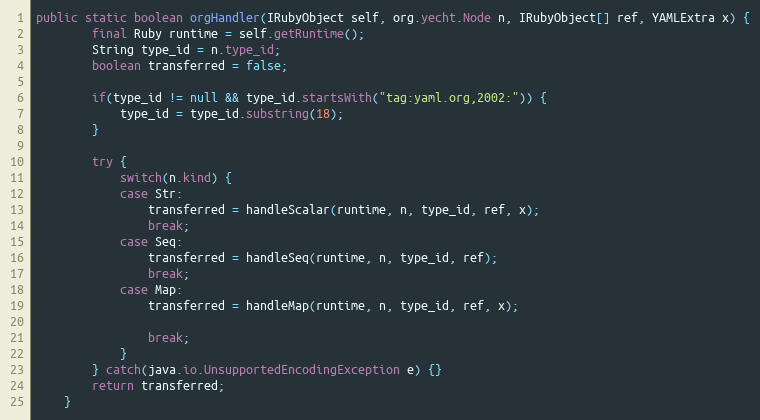
Language: Java
public static boolean orgHandler(IRubyObject self, org.yecht.Node n, IRubyObject[] ref, YAMLExtra x) {
        final Ruby runtime = self.getRuntime();
        String type_id = n.type_id;
        boolean transferred = false;

        if(type_id != null && type_id.startsWith("tag:yaml.org,2002:")) {
            type_id = type_id.substring(18);
        }

        try {
            switch(n.kind) {
            case Str:
                transferred = handleScalar(runtime, n, type_id, ref, x);
                break;
            case Seq:
                transferred = handleSeq(runtime, n, type_id, ref);
                break;
            case Map:
                transferred = handleMap(runtime, n, type_id, ref, x);

                break;
            }
        } catch(java.io.UnsupportedEncodingException e) {}
        return transferred;
    }